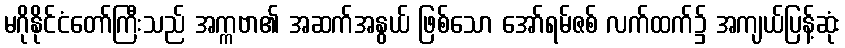
မဂိုနိုင်ငံတော်ကြီးသည် အက္ကဗာ၏ အဆက်အနွယ် ဖြစ်သော အော်ရမ်ဇစ် လက်ထက်၌ အကျယ်ပြန့်ဆုံး